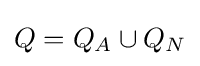
Q=Q_{A}\cup Q_{N}